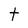
Character: t